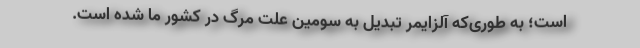
است؛ به طوری‌که آلزایمر تبدیل به سومین علت مرگ در کشور ما شده است.